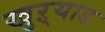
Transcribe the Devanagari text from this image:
खुऱ्याड